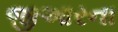
જીઆરના